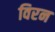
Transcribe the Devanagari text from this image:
विरन